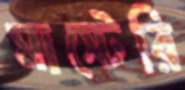
মাস্টেরি